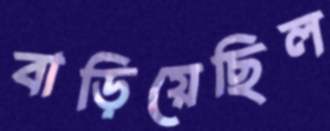
বাড়িয়েছিল